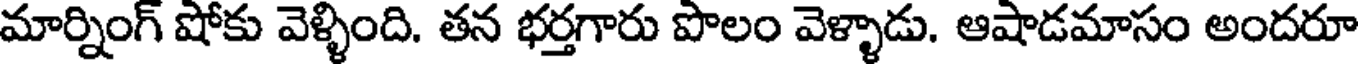
మార్నింగ్ షోకు వెళ్ళింది. తన భర్తగారు పొలం వెళ్ళాడు. ఆషాడమాసం అందరూ